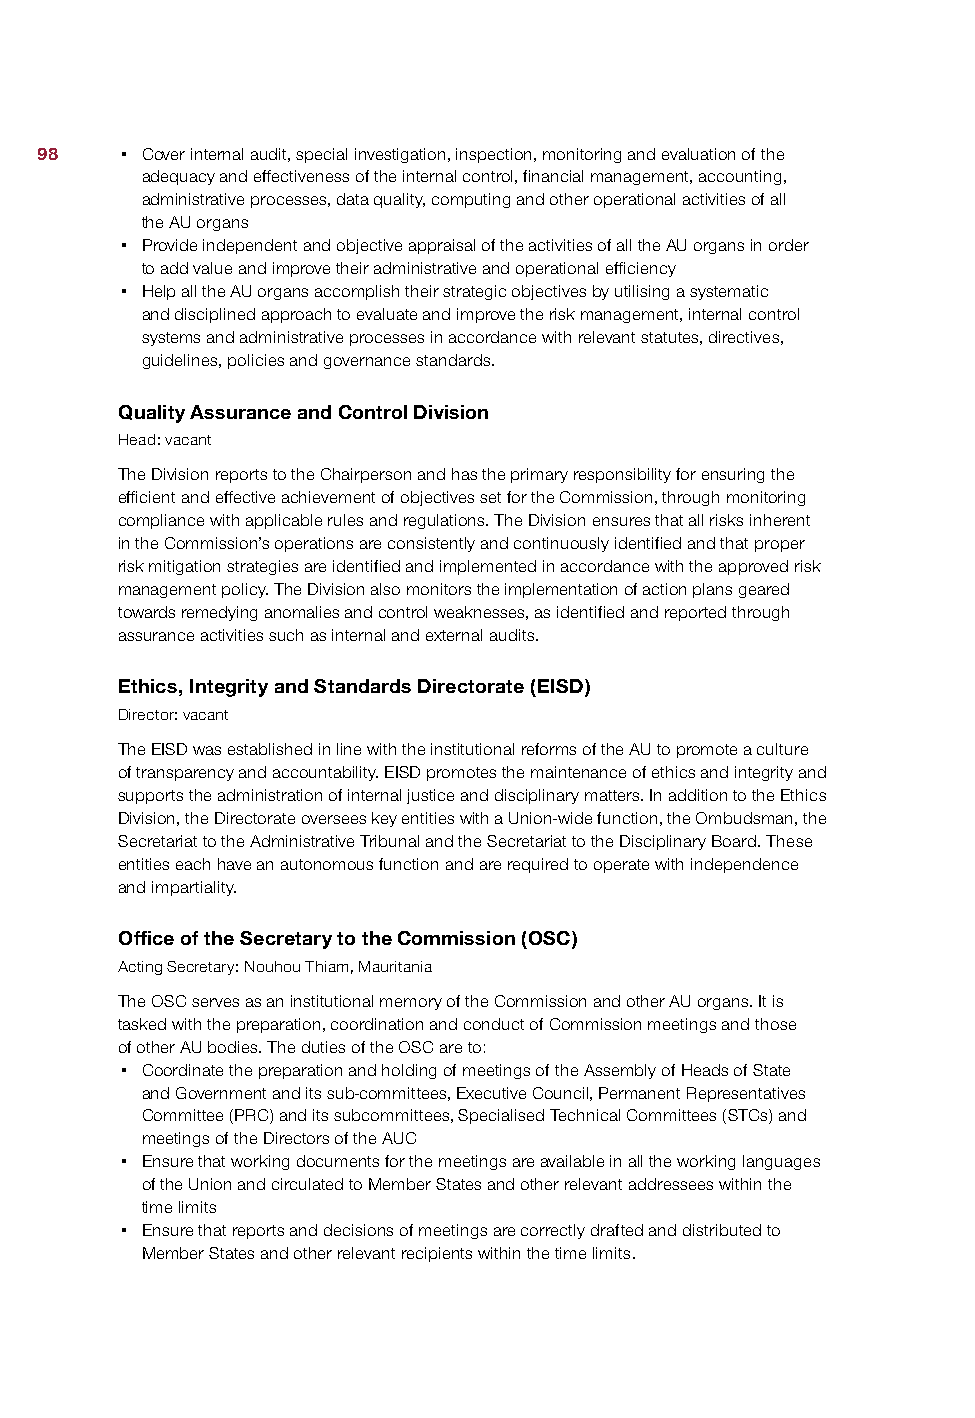
98    • Cover internal audit, special investigation, inspection, monitoring and evaluation of the
 adequacy and effectiveness of the internal control, financial management, accounting,
 administrative processes, data quality, computing and other operational activities of all
 the AU organs
 • Provide independent and objective appraisal of the activities of all the AU organs in order
 to add value and improve their administrative and operational efficiency
 • Help all the AU organs accomplish their strategic objectives by utilising a systematic
 and disciplined approach to evaluate and improve the risk management, internal control
 systems and administrative processes in accordance with relevant statutes, directives,
 guidelines, policies and governance standards.
 Quality Assurance and Control Division
 Head: vacant
 The Division reports to the Chairperson and has the primary responsibility for ensuring the
 efficient and effective achievement of objectives set for the Commission, through monitoring
 compliance with applicable rules and regulations. The Division ensures that all risks inherent
 in the Commission’s operations are consistently and continuously identified and that proper
 risk mitigation strategies are identified and implemented in accordance with the approved risk
 management policy. The Division also monitors the implementation of action plans geared
 towards remedying anomalies and control weaknesses, as identified and reported through
 assurance activities such as internal and external audits.
 Ethics, Integrity and Standards Directorate (EISD)
 Director: vacant
 The EISD was established in line with the institutional reforms of the AU to promote a culture
 of transparency and accountability. EISD promotes the maintenance of ethics and integrity and
 supports the administration of internal justice and disciplinary matters. In addition to the Ethics
 Division, the Directorate oversees key entities with a Union-wide function, the Ombudsman, the
 Secretariat to the Administrative Tribunal and the Secretariat to the Disciplinary Board. These
 entities each have an autonomous function and are required to operate with independence
 and impartiality.
 Office of the Secretary to the Commission (OSC)
 Acting Secretary: Nouhou Thiam, Mauritania
 The OSC serves as an institutional memory of the Commission and other AU organs. It is
 tasked with the preparation, coordination and conduct of Commission meetings and those
 of other AU bodies. The duties of the OSC are to:
 • Coordinate the preparation and holding of meetings of the Assembly of Heads of State
 and Government and its sub-committees, Executive Council, Permanent Representatives
 Committee (PRC) and its subcommittees, Specialised Technical Committees (STCs) and
 meetings of the Directors of the AUC
 • Ensure that working documents for the meetings are available in all the working languages
 of the Union and circulated to Member States and other relevant addressees within the
 time limits
 • Ensure that reports and decisions of meetings are correctly drafted and distributed to
 Member States and other relevant recipients within the time limits.